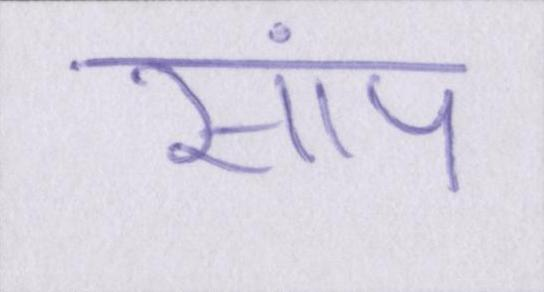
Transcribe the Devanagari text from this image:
सांप